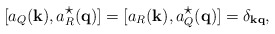
\begin{align*}[a_Q({\bf k}),a_R^{\mbox{\normalsize $\star$}}({\bf q})] =[a_R({\bf k}),a_Q^{\mbox{\normalsize $\star$}}({\bf q})] = \delta_{\bf kq},\end{align*}